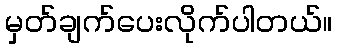
မှတ်ချက်ပေးလိုက်ပါတယ်။